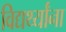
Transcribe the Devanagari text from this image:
विद्यर्थ्यांना